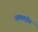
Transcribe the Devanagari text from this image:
सलमंडर